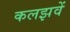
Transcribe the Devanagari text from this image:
कलझवें